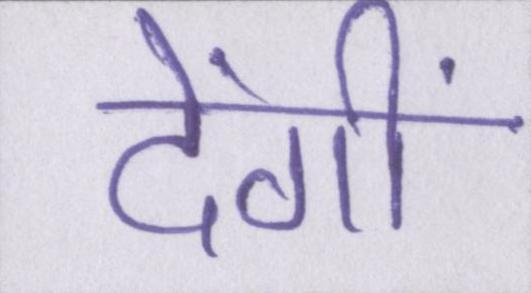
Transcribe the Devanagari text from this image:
देंगीं